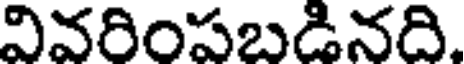
వివరింపబడినది.